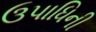
ઉપાધિની